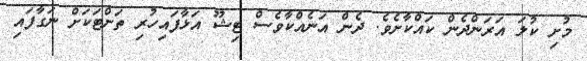
މުށި ކުލަ އަރަންދެން ކައްކާށެވެ. ދެން އަނެއްކާވެސް ޓިޝޫ އަޅާފައިހުރި ތަށްޓަކަށް ނަގާފައި